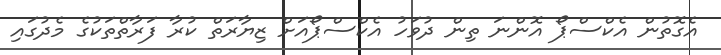
އެގޮތުން އެކްސްޕޯ އޮންނަ ތިން ދުވަހު އެކްސްޕޯއަށް ޒިޔާރަތް ކުރާ ފަރާތްތަކުގެ މެދުގައި